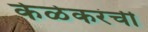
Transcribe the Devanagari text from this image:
केळेकरंची